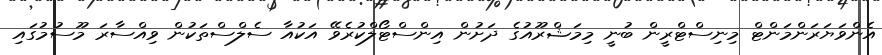
އެންވަޔަރަންމަންޓް މިނިސްޓްރީން ބުނީ މިމަޝްރޫއުގެ ދަށުން އިންސްޓޯލްކުރެވޭ އަކުއާ ސެލްސްތަކުން ވިއްސާރަ މޫސުމުގައި